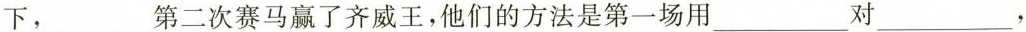
下，___第二次赛马赢了齐威王，他们的方法是第一场用___对___，